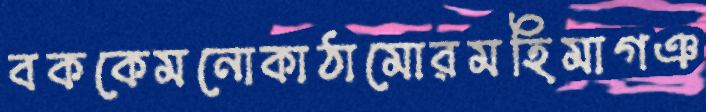
বককেমনোকাঠামোরমহিমাগঞ